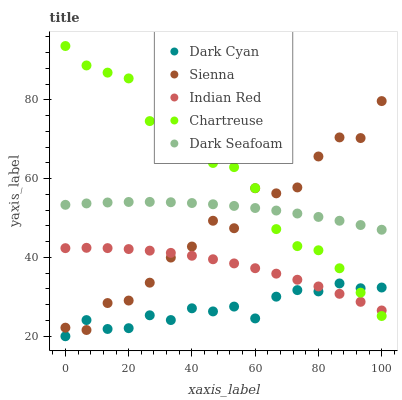
| xaxis_label | Dark Cyan | Sienna | Indian Red | Chartreuse | Dark Seafoam |
 | --- | --- | --- | --- | --- | --- |
 | 0 | 20 | 22.2 | 42.4 | 93.6 | 53.4 |
 | 6.67 | 24.1 | 21.6 | 42.4 | 88.7 | 53.7 |
 | 13.3 | 21.8 | 28.4 | 42.4 | 86.9 | 53.9 |
 | 20 | 22 | 29.1 | 42.1 | 85.4 | 54.1 |
 | 26.7 | 25.3 | 33.6 | 41.7 | 74.6 | 54.1 |
 | 33.3 | 24.1 | 40 | 41.2 | 73.3 | 54 |
 | 40 | 27.1 | 42.8 | 40.4 | 70.2 | 53.8 |
 | 46.7 | 26.3 | 49.3 | 39.5 | 64 | 53.5 |
 | 53.3 | 27.5 | 47.4 | 38.5 | 62.9 | 53.1 |
 | 60 | 24.5 | 57.6 | 37.3 | 57.6 | 52.5 |
 | 66.7 | 30 | 56.3 | 35.9 | 47.2 | 51.9 |
 | 73.3 | 31.7 | 57.8 | 34.3 | 42.9 | 51.1 |
 | 80 | 31.4 | 65.6 | 32.6 | 41.8 | 50.3 |
 | 86.7 | 33.4 | 70.5 | 30.8 | 37.2 | 49.3 |
 | 93.3 | 32.2 | 70.3 | 28.7 | 31.1 | 48.2 |
 | 100 | 32.4 | 79.7 | 26.5 | 25.1 | 47 |